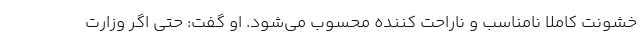
خشونت کاملا نامناسب و ناراحت کننده محسوب می‌شود. او گفت: حتی اگر وزارت